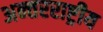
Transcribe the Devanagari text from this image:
अन्‍तरराष्ट्रीय